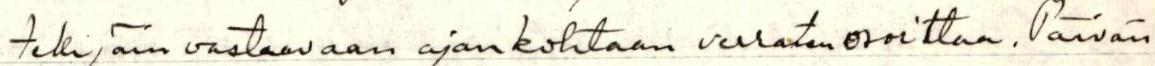
tekijäin vastaavaan ajankohtaan verraten osoittaa. Päivän